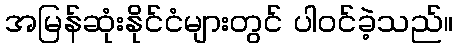
အမြန်ဆုံးနိုင်ငံများတွင် ပါဝင်ခဲ့သည်။